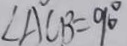
\angle A C B = 9 0 ^ { \circ }